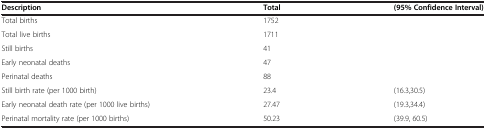
<table><thead><tr><td><b>Description</b></td><td><b>Total</b></td><td><b>(95% Confidence Interval)</b></td></tr></thead><tbody><tr><td>Total births</td><td>1752</td><td> </td></tr><tr><td>Total live births</td><td>1711</td><td> </td></tr><tr><td>Still births</td><td>41</td><td> </td></tr><tr><td>Early neonatal deaths</td><td>47</td><td> </td></tr><tr><td>Perinatal deaths</td><td>88</td><td> </td></tr><tr><td>Still birth rate (per 1000 birth)</td><td>23.4</td><td>(16.3,30.5)</td></tr><tr><td>Early neonatal death rate (per 1000 live births)</td><td>27.47</td><td>(19.3,34.4)</td></tr><tr><td>Perinatal mortality rate (per 1000 births)</td><td>50.23</td><td>(39.9, 60.5)</td></tr></tbody></table>